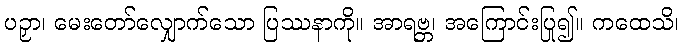
ပဉှာ၊ မေးတော်လျှောက်သော ပြဿနာကို။ အာရဗ္ဘ၊ အကြောင်းပြု၍။ ကထေသိ၊